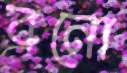
বনো